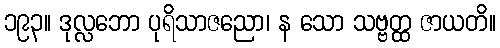
၁၉၃။ ဒုလ္လဘော ပုရိသာဇညော၊ န သော သဗ္ဗတ္ထ ဇာယတိ။